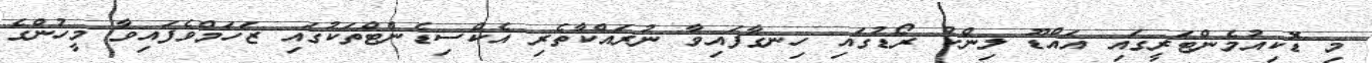
މި ޑޮކިއުމެންޓަރީގައި އައްޑޫ ލިންކު ރޯޑުގައި ހިނގާފައިވާ ނުރައްކާތެރި އެކްސިޑެންޓްތަކުގައި ޒަހަމްވެފައިވާ މީހުންގެ